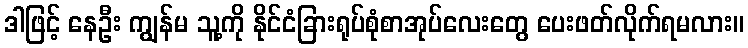
ဒါဖြင့် နေဦး ကျွန်မ သူ့ကို နိုင်ငံခြားရုပ်စုံစာအုပ်လေးတွေ ပေးဖတ်လိုက်ရမလား။